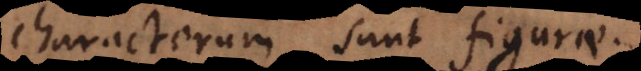
characterum sunt figurae.